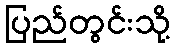
ပြည်တွင်းသို့